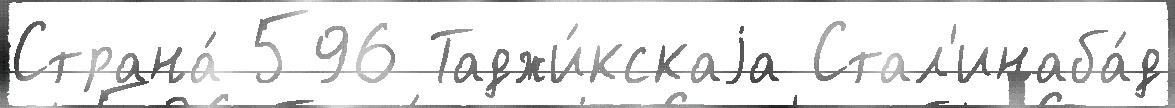
Страна́ 596 Таджи́кскаjа Стал'инаба́д